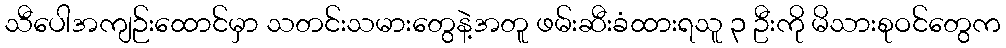
သီပေါအကျဉ်းထောင်မှာ သတင်းသမားတွေနဲ့အတူ ဖမ်းဆီးခံထားရသူ ၃ ဦးကို မိသားစုဝင်တွေက